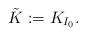
LaTeX: \begin{align*} \tilde K:=K_{I_0}.\end{align*}